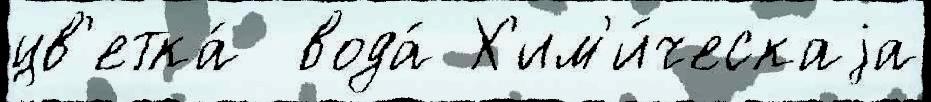
цв'етка́  вода́ Х'им'и́ческаjа